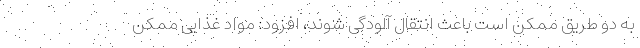
به دو طریق ممکن است باعث انتقال آلودگی شوند، افزود: مواد غذایی ممکن